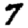
Digit: 7